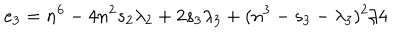
e _ { 3 } = n ^ { 6 } - 4 n ^ { 2 } s _ { 2 } \lambda _ { 2 } + 2 s _ { 3 } \lambda _ { 3 } + ( n ^ { 3 } - s _ { 3 } - \lambda _ { 3 } ) ^ { 2 } / 4